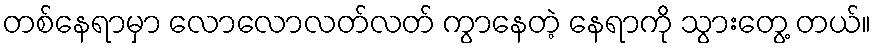
တစ်နေရာမှာ လောလောလတ်လတ် ကွာနေတဲ့ နေရာကို သွားတွေ့ တယ်။